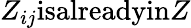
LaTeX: Z_{ij}\textnormal{isalreadyin}Z